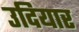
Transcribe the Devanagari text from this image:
उदियार